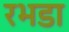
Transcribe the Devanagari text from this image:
रभडा